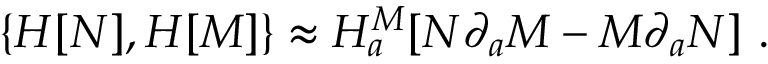
\{ { \cal H } [ N ] , { \cal H } [ M ] \} \approx { \cal H } _ { a } ^ { M } [ N \partial _ { a } M - M \partial _ { a } N ] \ .